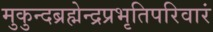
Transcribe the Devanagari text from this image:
मुकुन्दब्रह्मेन्द्रप्रभृतिपरिवारं